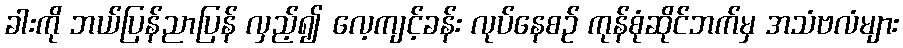
ခါးကို ဘယ်ပြန်ညာပြန် လှည့်၍ လေ့ကျင့်ခန်း လုပ်နေစဉ် ကုန်စုံဆိုင်ဘက်မှ အသံဗလံများ